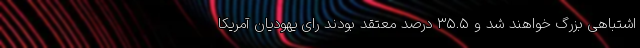
اشتباهی بزرگ خواهند شد و 35.5 درصد معتقد بودند رای یهودیان آمریکا